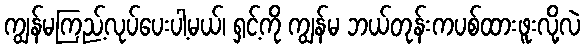
ကျွန်မကြည့်လုပ်ပေးပါ့မယ်၊ ရှင့်ကို ကျွန်မ ဘယ်တုန်းကပစ်ထားဖူးလို့လဲ